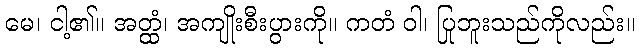
မေ၊ ငါ့၏။ အတ္ထံ၊ အကျိုးစီးပွားကို။ ကတံ ဝါ၊ ပြုဘူးသည်ကိုလည်း။